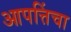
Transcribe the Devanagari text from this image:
आपत्तिंचा